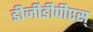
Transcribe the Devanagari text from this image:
डीजीडीपीएस्